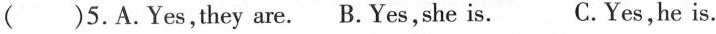
( )5.A.Yes,they are. B.Yes,she is. C.Yes,he is.